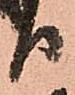
日